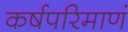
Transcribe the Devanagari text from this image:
कर्षपरिमाणं